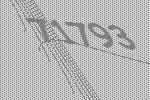
71793